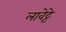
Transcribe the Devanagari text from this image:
लावेट्टे